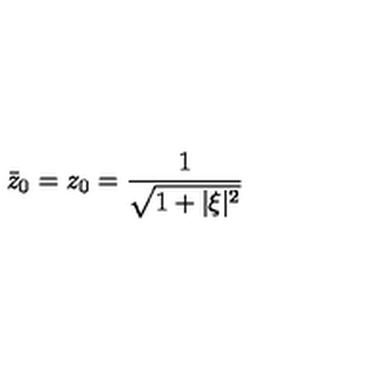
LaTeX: { \bar { z } } _ { 0 } = z _ { 0 } = \frac { 1 } { \sqrt { 1 + \vert \xi \vert ^ { 2 } } }